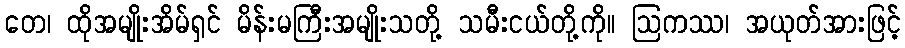
တေ၊ ထိုအမျိုးအိမ်ရှင် မိန်းမကြီးအမျိုးသတို့ သမီးငယ်တို့ကို။ ဩကဿ၊ အယုတ်အားဖြင့်